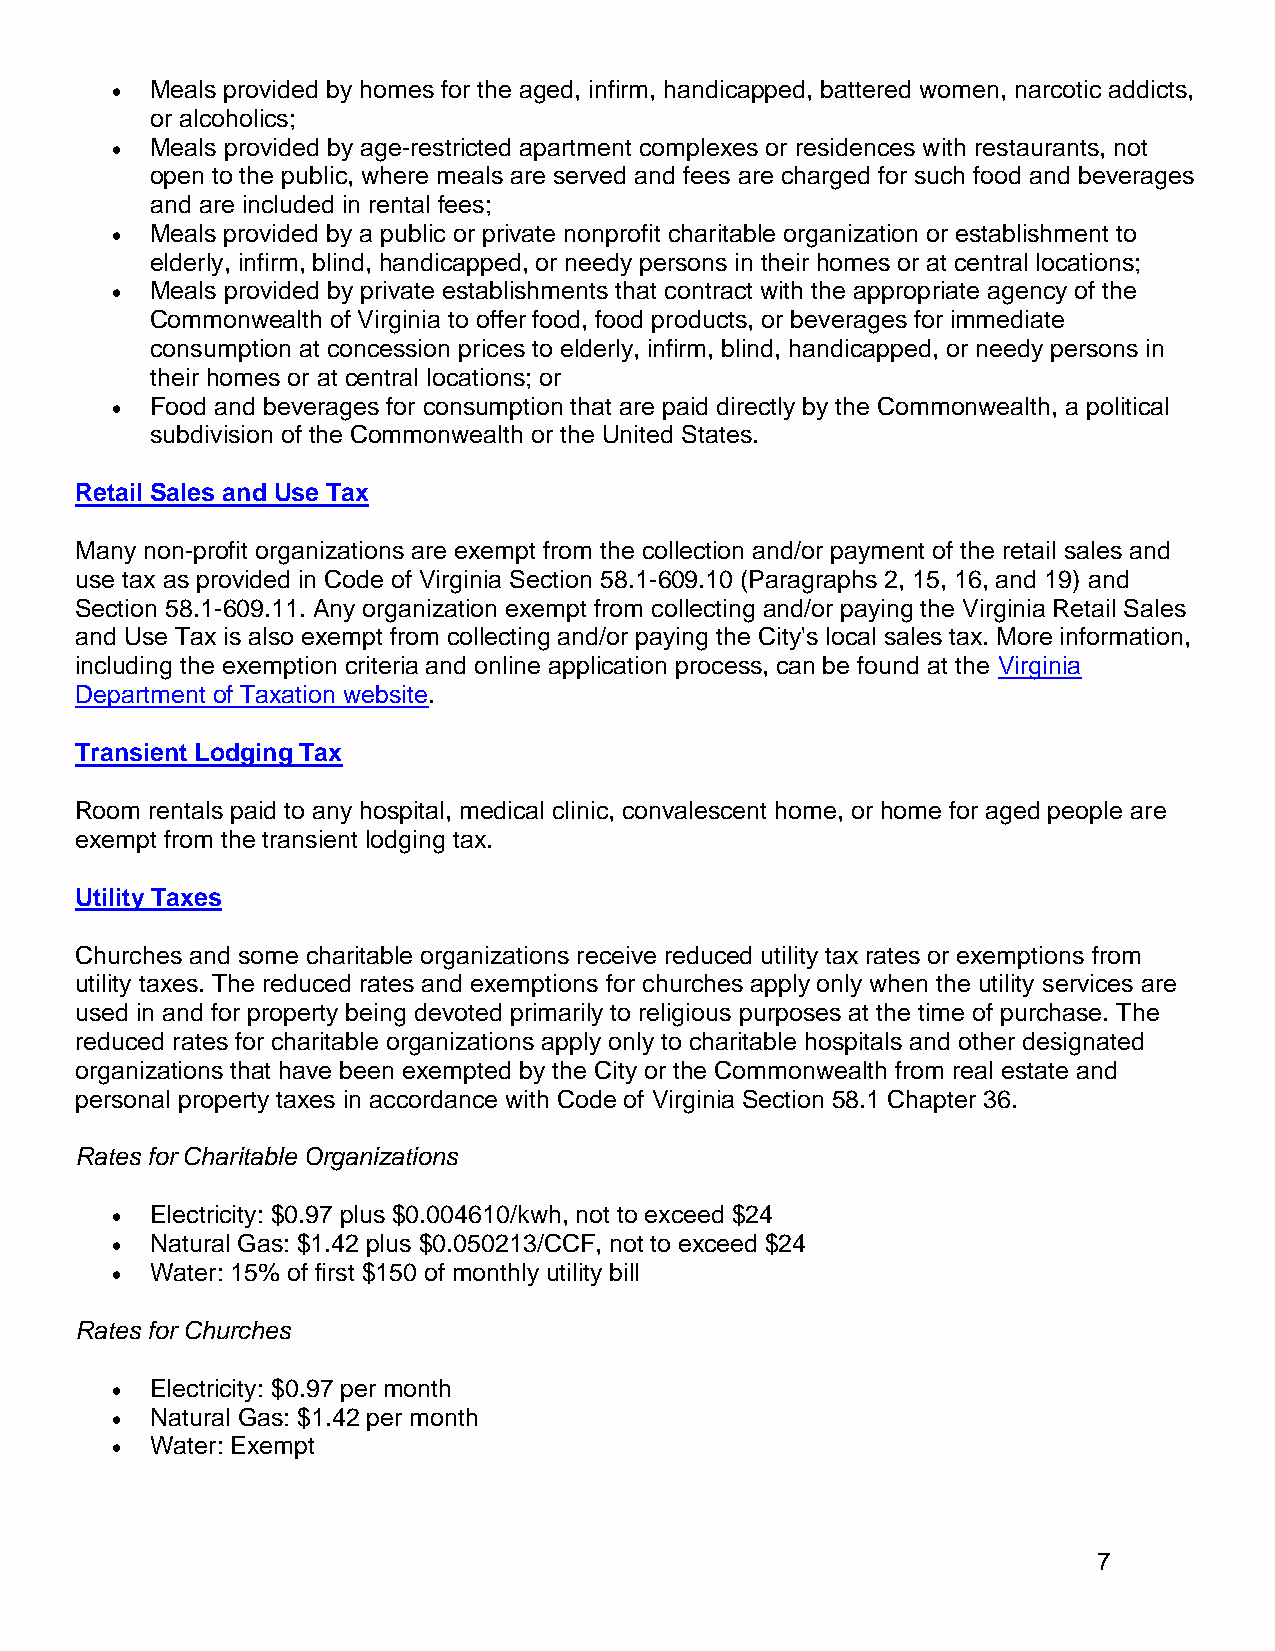
•  Meals provided by homes for the aged, infirm, handicapped, battered women, narcotic addicts,
 or alcoholics;
 •  Meals provided by age-restricted apartment complexes or residences with restaurants, not
 open to the public, where meals are served and fees are charged for such food and beverages
 and are included in rental fees;
 •  Meals provided by a public or private nonprofit charitable organization or establishment to
 elderly, infirm, blind, handicapped, or needy persons in their homes or at central locations;
 •  Meals provided by private establishments that contract with the appropriate agency of the
 Commonwealth of Virginia to offer food, food products, or beverages for immediate
 consumption at concession prices to elderly, infirm, blind, handicapped, or needy persons in
 their homes or at central locations; or
 •  Food and beverages for consumption that are paid directly by the Commonwealth, a political
 subdivision of the Commonwealth or the United States.
 Retail Sales and Use Tax
 Many non-profit organizations are exempt from the collection and/or payment of the retail sales and
 use tax as provided in Code of Virginia Section 58.1-609.10 (Paragraphs 2, 15, 16, and 19) and
 Section 58.1-609.11. Any organization exempt from collecting and/or paying the Virginia Retail Sales
 and Use Tax is also exempt from collecting and/or paying the City's local sales tax. More information,
 including the exemption criteria and online application process, can be found at the Virginia
 Department of Taxation website.
 Transient Lodging Tax
 Room rentals paid to any hospital, medical clinic, convalescent home, or home for aged people are
 exempt from the transient lodging tax.
 Utility Taxes
 Churches and some charitable organizations receive reduced utility tax rates or exemptions from
 utility taxes. The reduced rates and exemptions for churches apply only when the utility services are
 used in and for property being devoted primarily to religious purposes at the time of purchase. The
 reduced rates for charitable organizations apply only to charitable hospitals and other designated
 organizations that have been exempted by the City or the Commonwealth from real estate and
 personal property taxes in accordance with Code of Virginia Section 58.1 Chapter 36.
 Rates for Charitable Organizations
 •  Electricity: $0.97 plus $0.004610/kwh, not to exceed $24
 •  Natural Gas: $1.42 plus $0.050213/CCF, not to exceed $24
 •  Water: 15% of first $150 of monthly utility bill
 Rates for Churches
 •  Electricity: $0.97 per month
 •  Natural Gas: $1.42 per month
 •  Water: Exempt
 7